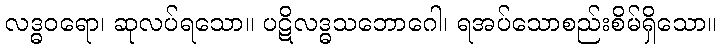
လဒ္ဓဝရော၊ ဆုလပ်ရသော။ ပဋိလဒ္ဓသဘောဂေါ၊ ရအပ်သောစည်းစိမ်ရှိသော။